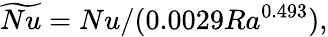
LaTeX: \widetilde{Nu}=Nu/(0.0029Ra^{0.493}),